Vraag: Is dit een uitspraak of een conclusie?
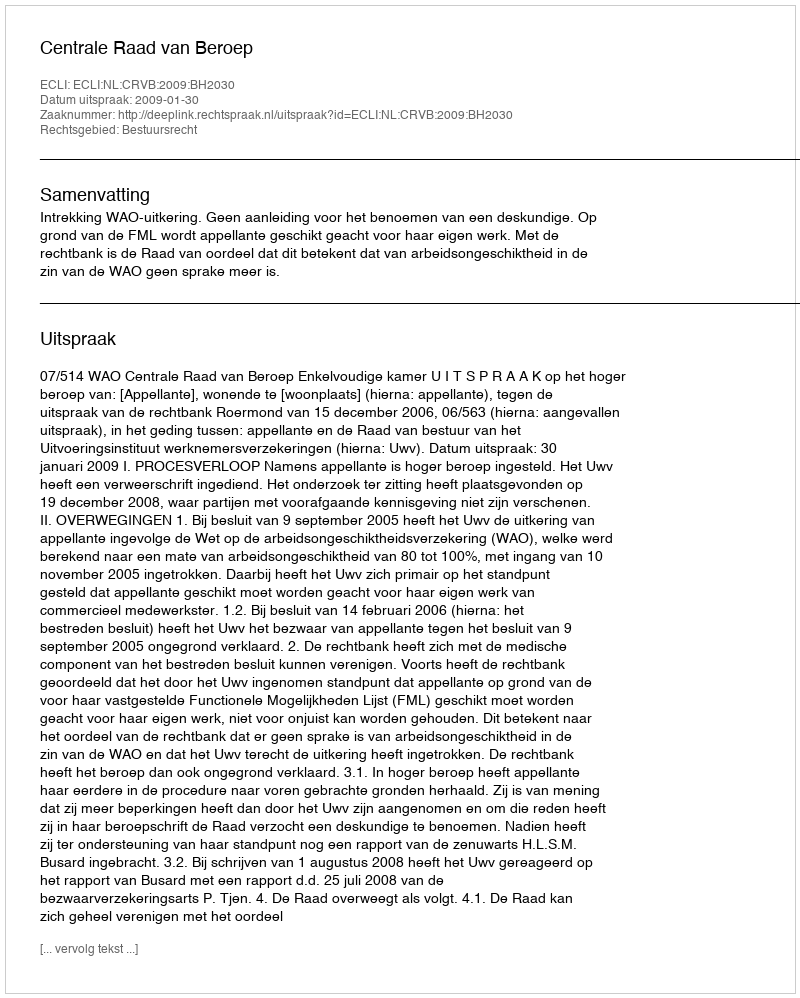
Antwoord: Uitspraak